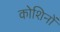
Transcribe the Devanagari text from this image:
कोशिनों